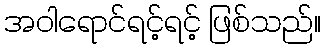
အဝါရောင်ရင့်ရင့် ဖြစ်သည်။